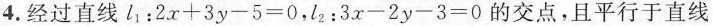
4.经过直线$$l_{1}：2x+3y-5=0$$，$$l_{2}：3x-2y-3=0$$的交点，且平行于直线